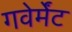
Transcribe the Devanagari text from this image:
गवेर्मेंट